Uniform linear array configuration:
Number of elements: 32
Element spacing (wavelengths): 0.25
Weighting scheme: hann
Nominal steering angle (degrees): -60
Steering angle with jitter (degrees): -61.255
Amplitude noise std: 0.05
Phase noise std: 0.05

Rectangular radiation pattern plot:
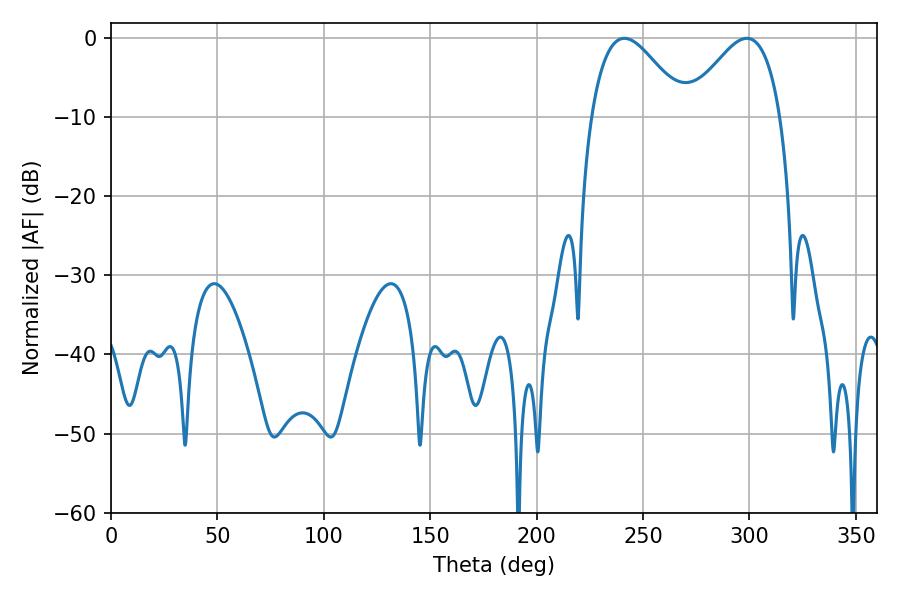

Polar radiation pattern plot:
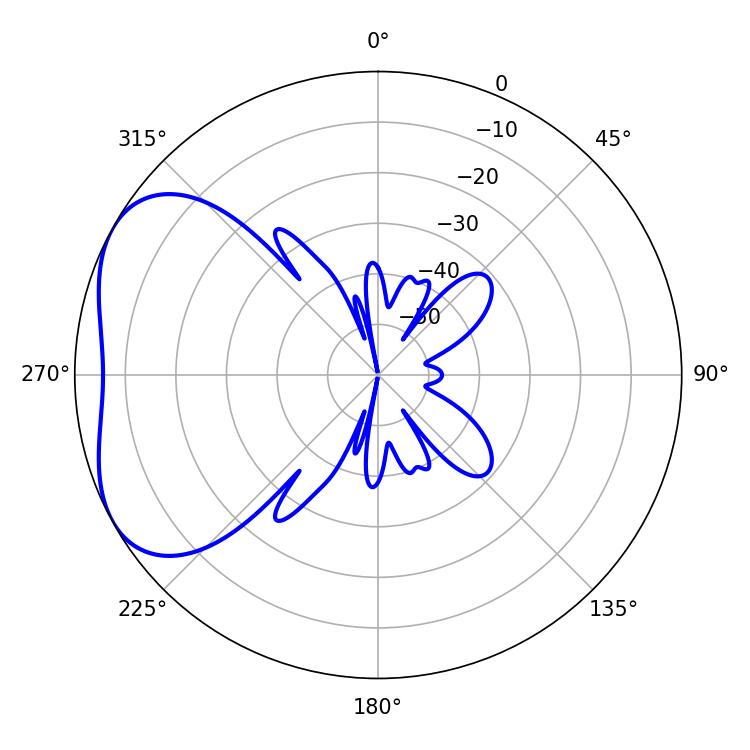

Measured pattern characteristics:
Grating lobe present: FALSE
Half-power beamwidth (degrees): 23.76
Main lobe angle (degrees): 241.2